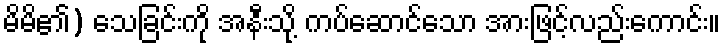
မိမိ၏) သေခြင်းကို အနီးသို့ ကပ်ဆောင်သော အားဖြင့်လည်းကောင်း။